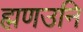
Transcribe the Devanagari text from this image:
ह्मणउनि